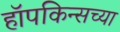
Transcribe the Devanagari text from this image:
हॉपकिन्सच्या